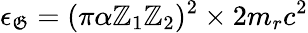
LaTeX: \epsilon_{\mathfrak{G}}=(\pi\alpha\mathbb{Z}_{1}\mathbb{Z}_{2})^{2}\times2m_{r}c^{2}